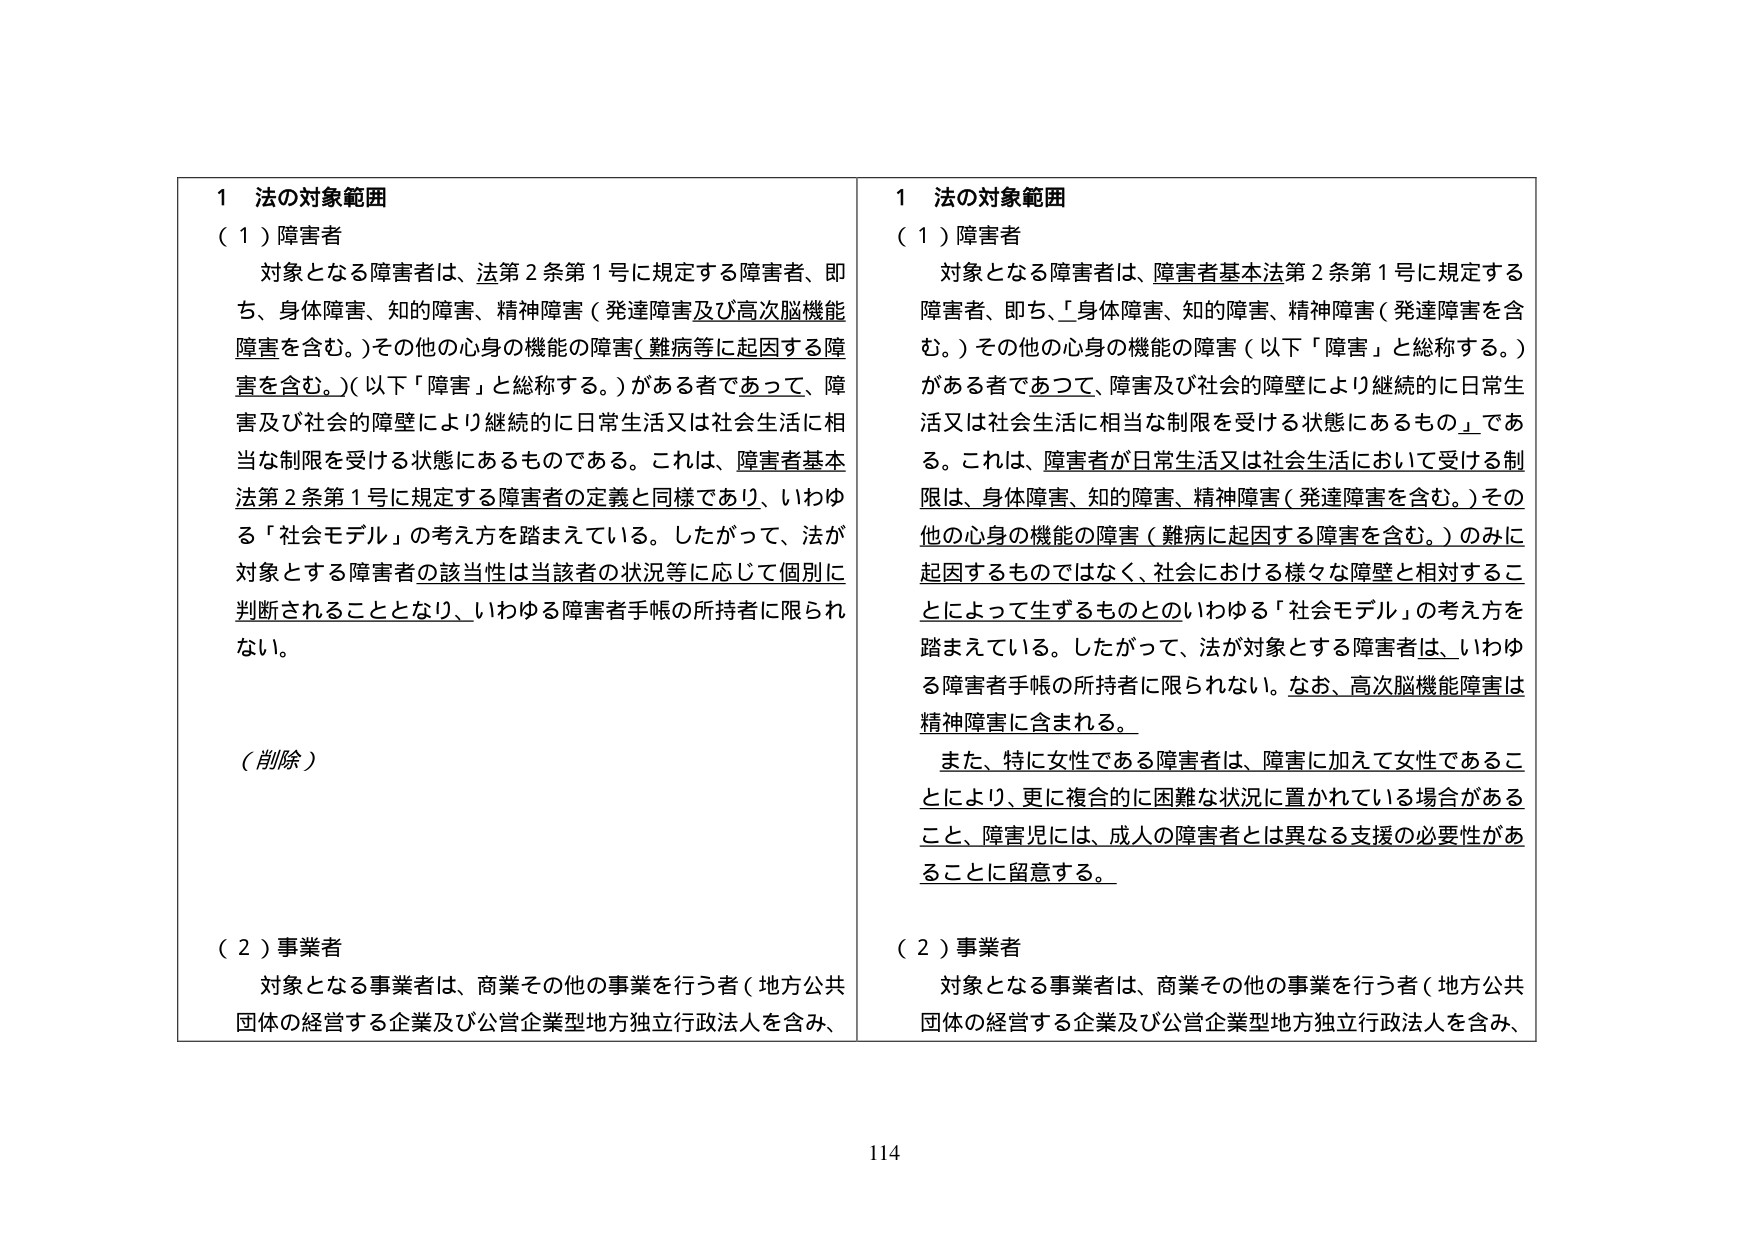
1 法の対象範囲
（１）障害者
　対象となる障害者は、法第２条第１号に規定する障害者、即ち、身体障害、知的障害、精神障害（発達障害及び高次脳機能障害を含む。）その他の心身の機能の障害（難病等に起因する障害を含む。）（以下「障害」と総称する。）がある者であって、障害及び社会的障壁により継続的に日常生活又は社会生活に相当な制限を受ける状態にあるものである。これは、障害者基本法第２条第１号に規定する障害者の定義と同様であり、いわゆる「社会モデル」の考え方を踏まえている。したがって、法が対象とする障害者の該当性は当該者の状況等に応じて個別に判断されることとなり、いわゆる障害者手帳の所持者に限られない。

（削除）

（２）事業者
　対象となる事業者は、商業その他の事業を行う者（地方公共団体の経営する企業及び公営企業型地方独立行政法人を含み、

1 法の対象範囲
（１）障害者
　対象となる障害者は、障害者基本法第２条第１号に規定する障害者、即ち、「身体障害、知的障害、精神障害（発達障害を含む。）その他の心身の機能の障害（以下「障害」と総称する。）がある者であって、障害及び社会的障壁により継続的に日常生活又は社会生活に相当な制限を受ける状態にあるもの」である。これは、障害者が日常生活又は社会生活において受ける制限は、身体障害、知的障害、精神障害（発達障害を含む。）その他の心身の機能の障害（難病に起因する障害を含む。）のみに起因するものではなく、社会における様々な障壁と相対することによって生ずるものとのいわゆる「社会モデル」の考え方を踏まえている。したがって、法が対象とする障害者は、いわゆる障害者手帳の所持者に限られない。なお、高次脳機能障害は精神障害に含まれる。
　また、特に女性である障害者は、障害に加えて女性であることにより、更に複合的に困難な状況に置かれている場合があること、障害児には、成人の障害者とは異なる支援の必要性があることに留意する。

（２）事業者
　対象となる事業者は、商業その他の事業を行う者（地方公共団体の経営する企業及び公営企業型地方独立行政法人を含み、

114